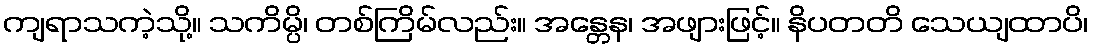
ကျရာသကဲ့သို့။ သကိမ္ပိ၊ တစ်ကြိမ်လည်း။ အန္တေန၊ အဖျားဖြင့်။ နိပတတိ သေယျထာပိ၊